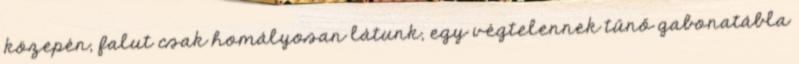
közepén, falut csak homályosan látunk, egy végtelennek tűnő gabonatábla